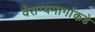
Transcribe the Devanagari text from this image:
वैराग्यमार्गाकडे